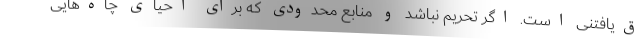
ق‌یافتنی است. اگر تحریم نباشد و منابع محدودی که برای احیای چاه‌هایی